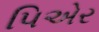
પિએર